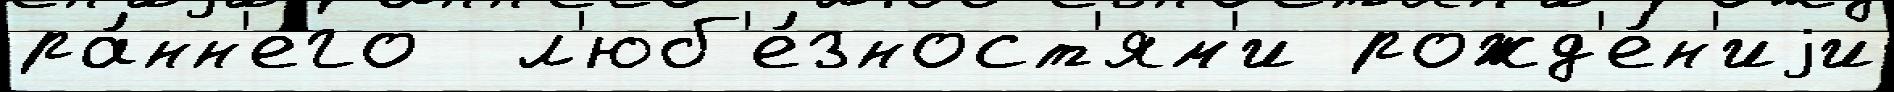
ра́нн'его  л'юб'е́зност'ям'и рожд'е́н'иjи